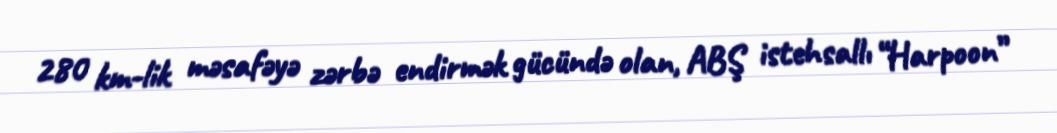
280 km-lik məsafəyə zərbə endirmək gücündə olan, ABŞ istehsallı “Harpoon”